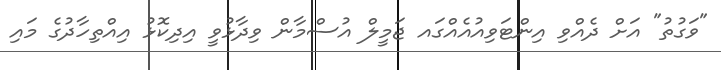
"ވަގުތު" އަށް ދެއްވި އިންޓަވިއުއެއްގައ ޖަމީލް އުސްމާން ވިދާޅުވީ އިދިކޮޅު އިއްތިހާދުގެ މައި